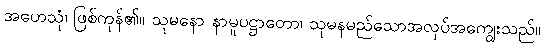
အဟေသုံ၊ ဖြစ်ကုန်၏။ သုမနော နာမူပဋ္ဌာတော၊ သုမနမည်သောအလုပ်အကျွေးသည်။